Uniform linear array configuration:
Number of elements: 32
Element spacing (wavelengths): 0.5
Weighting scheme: hamming
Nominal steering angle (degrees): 15
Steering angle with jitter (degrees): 16.451
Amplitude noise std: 0.05
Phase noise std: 0.05

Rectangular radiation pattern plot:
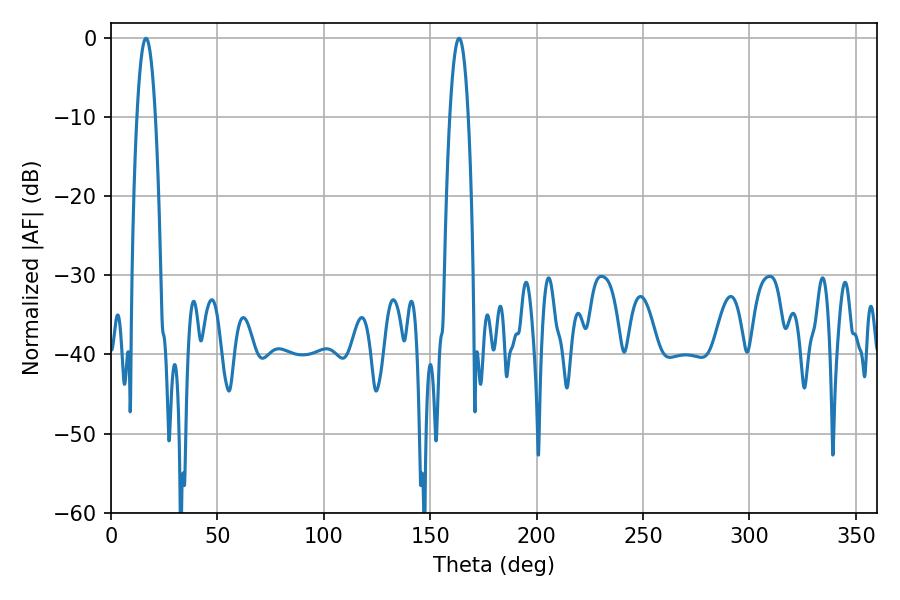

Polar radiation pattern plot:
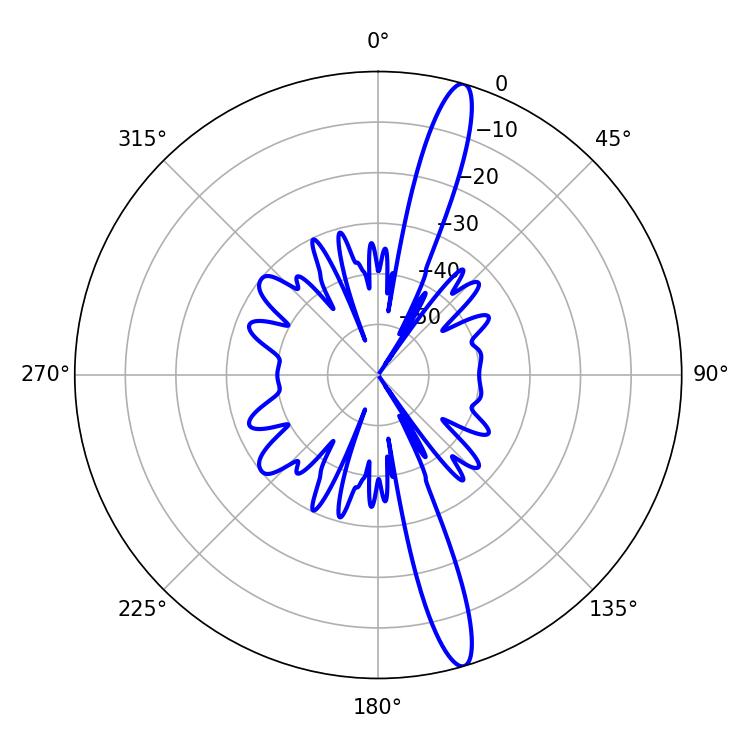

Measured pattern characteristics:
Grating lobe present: FALSE
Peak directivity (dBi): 15.946
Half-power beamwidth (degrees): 4.86
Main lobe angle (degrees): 163.62